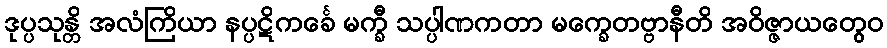
ဒုပ္ပသုန္တိ အလံကြိယာ နပ္ပဋိကင်္ခေ မက္ခီ သပ္ပါဏကတာ မက္ခေတဗ္ဗာနီတိ အဝိဇ္ဇာယတွေဝ